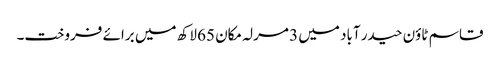
قاسم ٹاؤن حیدر آباد میں 3 مرلہ مکان 65 لاکھ میں برائے فروخت۔